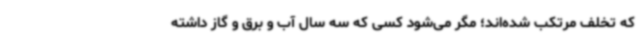
که تخلف مرتکب شده‌اند؛ مگر می‌شود کسی که سه سال آب و برق و گاز داشته